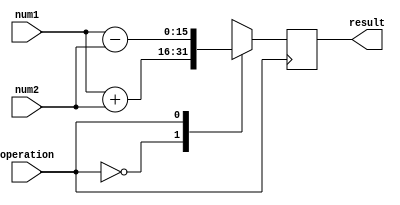
module floating_point_unit (
    input [15:0] num1,
    input [15:0] num2,
    input operation,
    output reg [15:0] result
);

// arithmetic blocks
reg [15:0] add_result, sub_result, mul_result, div_result;

// rounding logic
reg [1:0] rounding_logic;

// control unit
always @ (posedge operation)
begin
    case (operation)
        2'b00: // addition
            begin
                add_result = num1 + num2;
                result = add_result;
            end
        2'b01: // subtraction
            begin
                sub_result = num1 - num2;
                result = sub_result;
            end
        2'b10: // multiplication
            begin
                mul_result = num1 * num2;
                result = mul_result;
            end
        2'b11: // division
            begin
                div_result = num1 / num2;
                result = div_result;
            end
        default: // default case
            result = 16'b0;
    endcase
end

endmodule